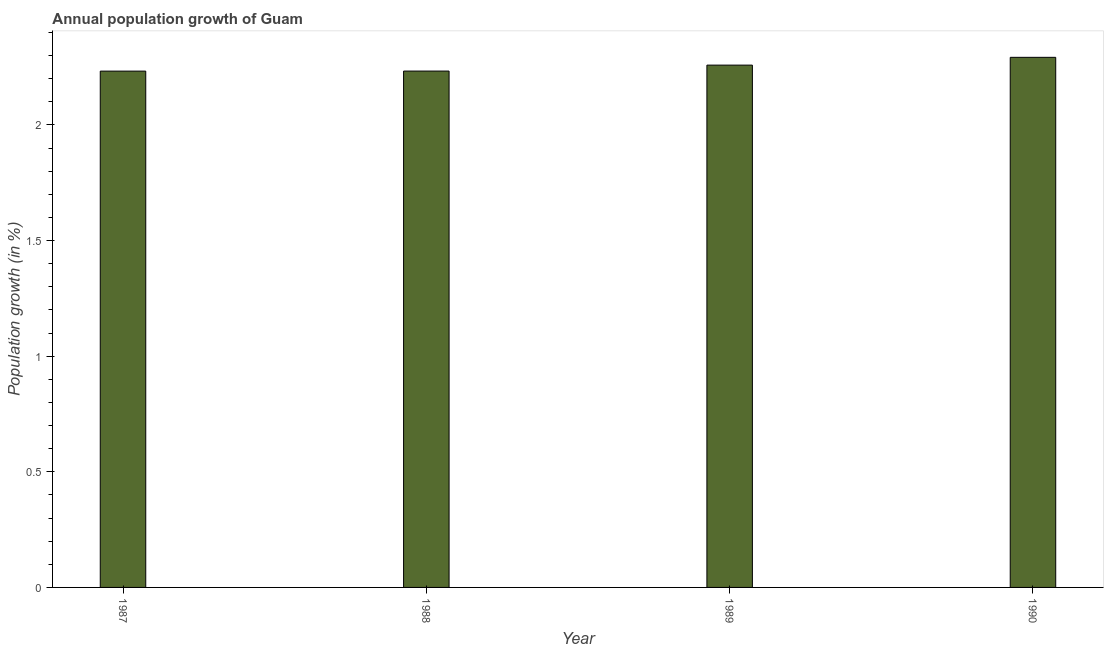
| Year | Population growth |
 | --- | --- |
 | 1987 | 2.23 |
 | 1988 | 2.23 |
 | 1989 | 2.26 |
 | 1990 | 2.29 |